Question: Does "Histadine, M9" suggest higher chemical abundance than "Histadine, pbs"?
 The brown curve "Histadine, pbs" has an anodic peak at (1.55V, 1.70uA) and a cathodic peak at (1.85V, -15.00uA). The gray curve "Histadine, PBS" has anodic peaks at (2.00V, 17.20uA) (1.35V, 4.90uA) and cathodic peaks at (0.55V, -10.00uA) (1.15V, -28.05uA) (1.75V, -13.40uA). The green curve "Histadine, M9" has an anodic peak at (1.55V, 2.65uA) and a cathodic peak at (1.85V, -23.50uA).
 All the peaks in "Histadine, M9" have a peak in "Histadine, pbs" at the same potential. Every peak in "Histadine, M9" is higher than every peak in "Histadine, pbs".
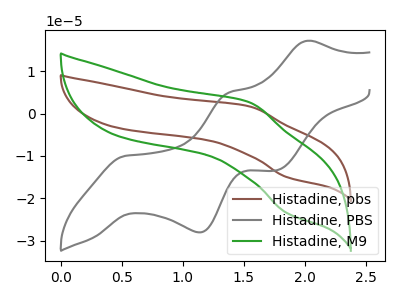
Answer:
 <answer>"Histadine, M9" has more signal than "Histadine, pbs".</answer>
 <eval>more_signal</eval>